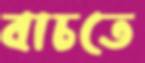
বাচতে